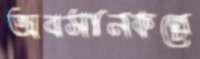
অবসানকল্পে